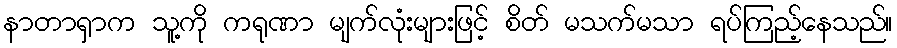
နာတာရှာက သူ့ကို ကရုဏာ မျက်လုံးများဖြင့် စိတ် မသက်မသာ ရပ်ကြည့်နေသည်။